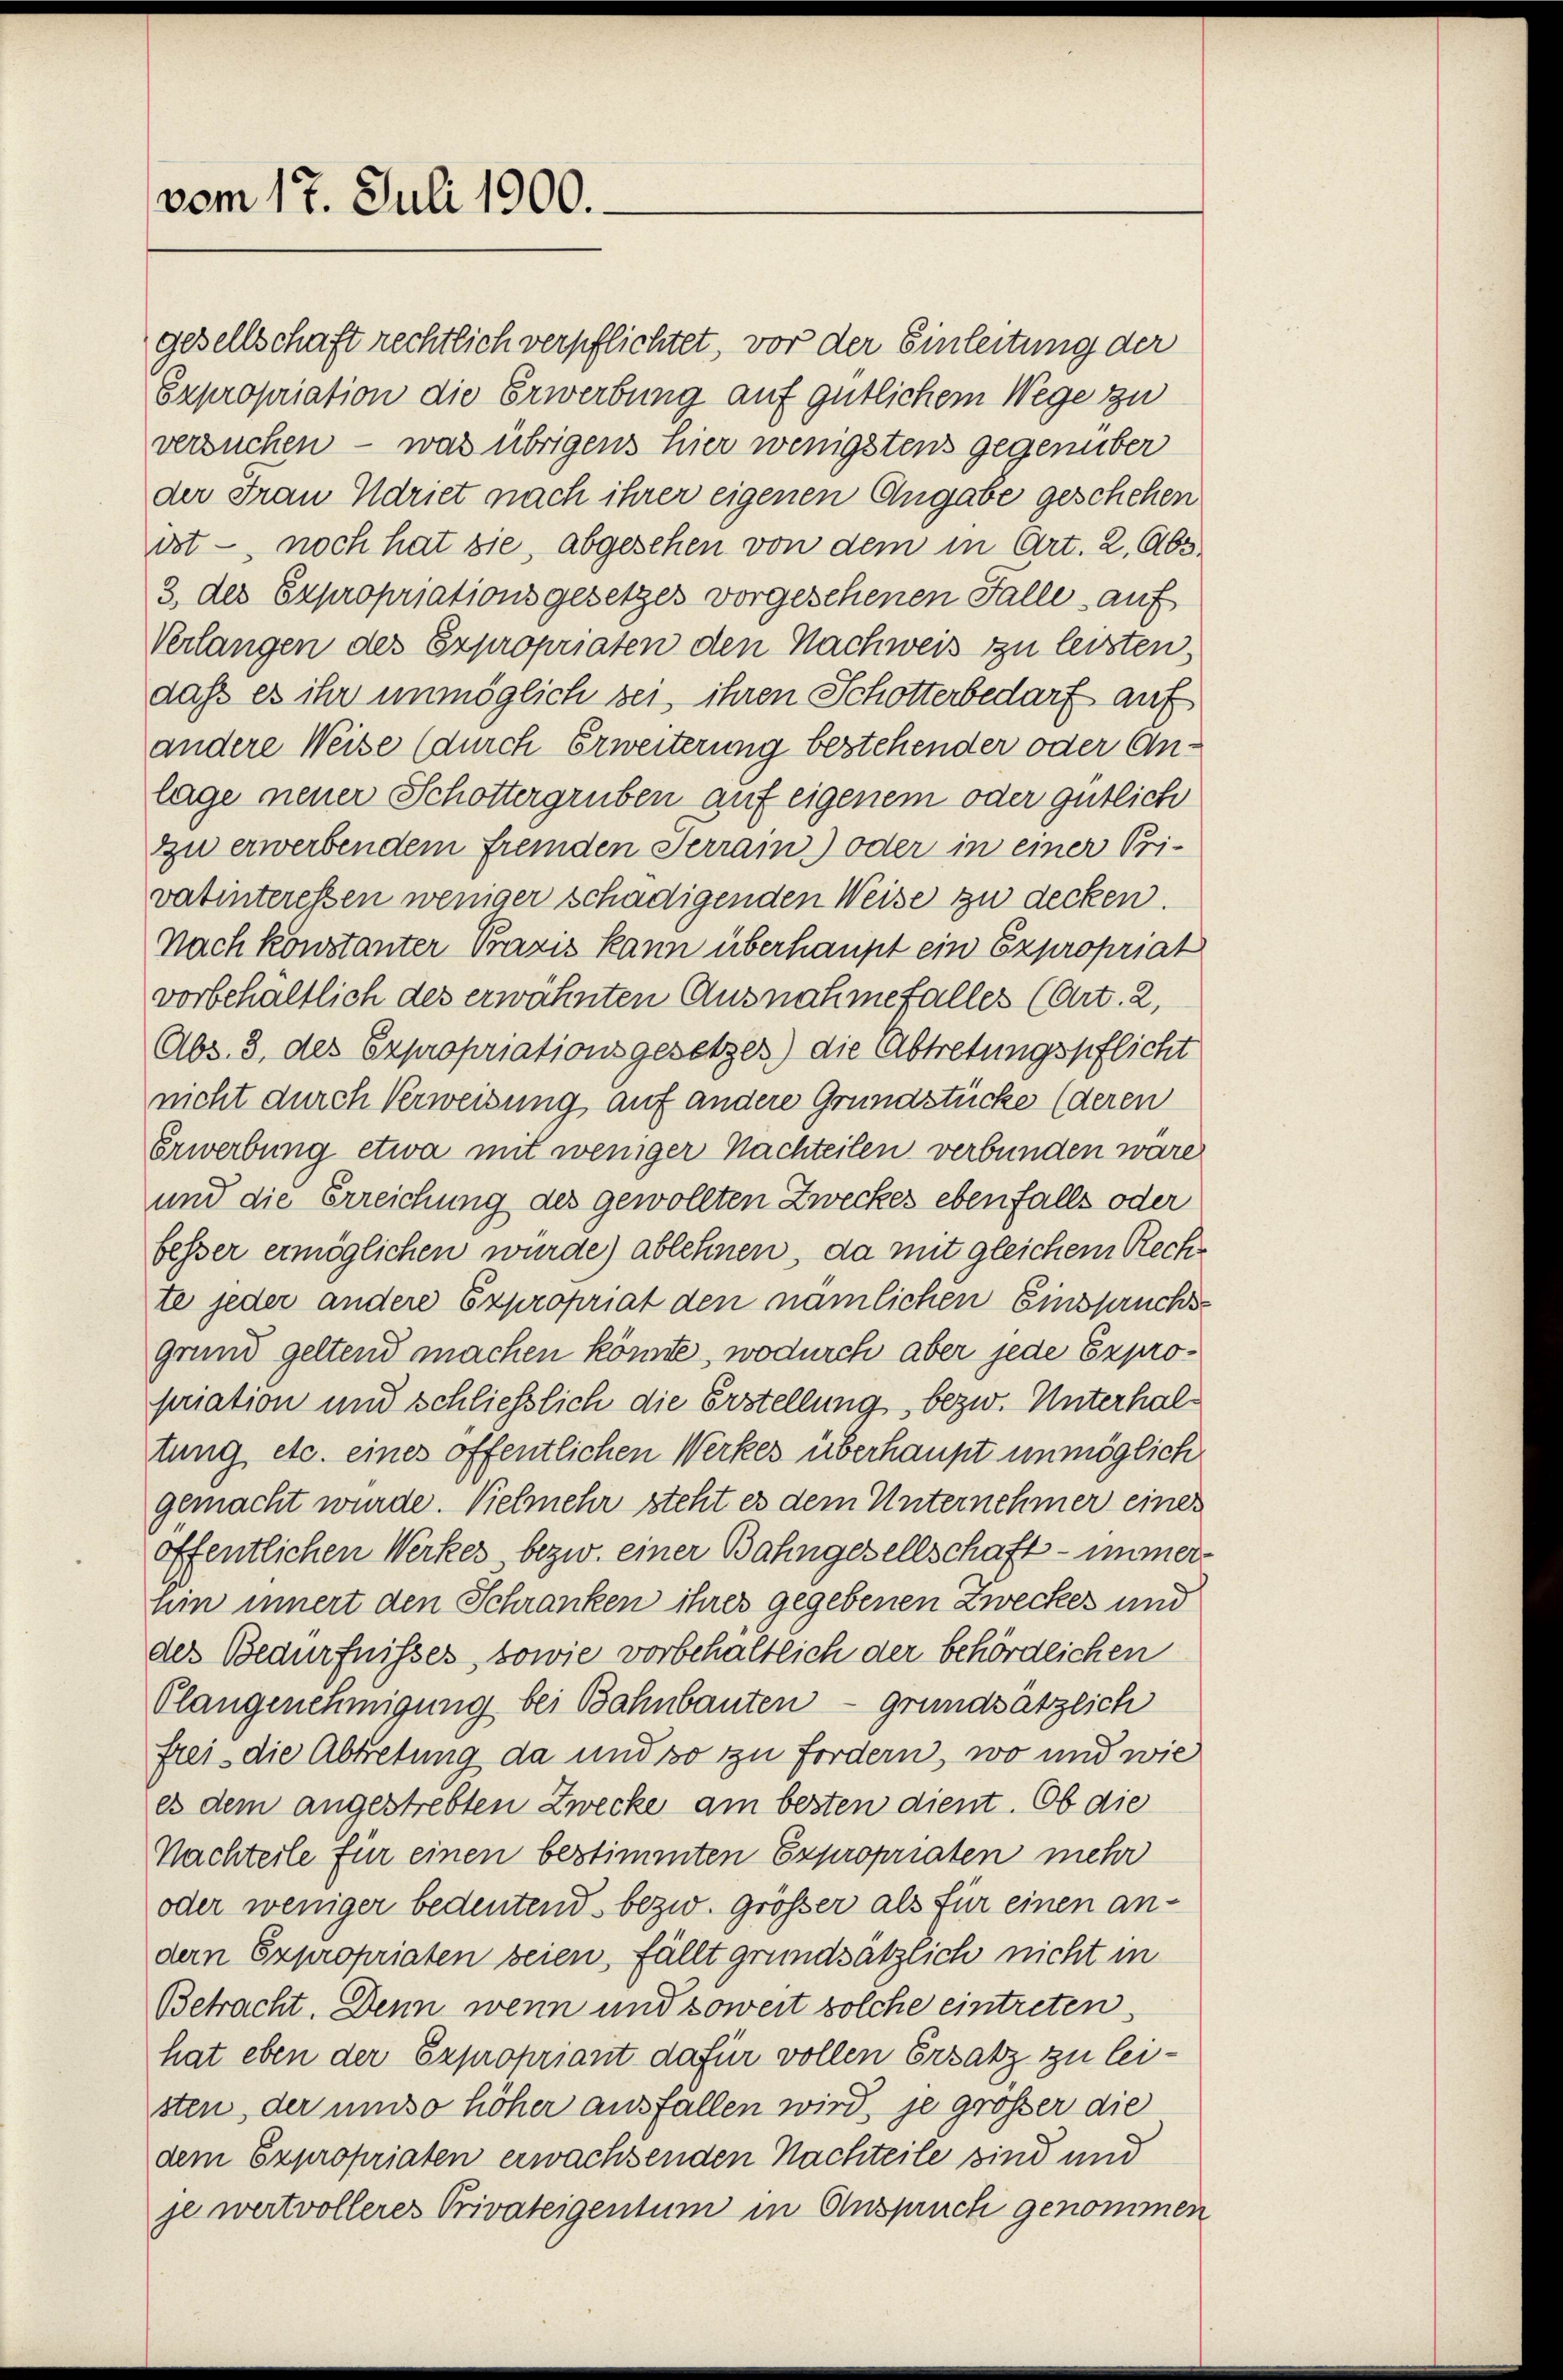
vom 17. Juli 1900.

gesellschaft rechtlich verpflichtet, vor der Einleitung der
Expropriation die Erwerbung auf gütlichem Wege zu
versuchen – was übrigens hier wenigstens gegenüber
der Frau Adriet nach ihrer eigenen Angabe geschehen
ist - noch hat sie, abgesehen von dem in Art. 2, Abs
3. des Expropriationsgesetzes vorgesehenen Falle auf
Verlangen des Expropriaten den Nachweis zu leisten,
daß es ihr unmöglich sei, ihren Schotterbedarf auf
andere Weise (durch Erweiterung bestehender oder Anlage neuer Schottergruben auf eigenem oder gütlich
zu erwerbendem Fremden Terrain) oder in einer Pri-
vatinteressen weniger schädigenden Weise zu decken.
Nach konstanter Praxis kann überhaupt ein Expropriat
vorbehältlich des erwähnten Ausnahmefalles (Art. 2,
Abs. 3. des Expropriationsgesetzes) die Abtretungspflicht
nicht durch Verweisung auf andere Grundstücke (deren
Erwerbung etwa mit weniger Nachteilen verbunden wäre
und die Erreichung des gewollten Zweckes ebenfalls oder
besser ermöglichen wurde) ablehnen, da mit gleichem Rechte jeder andere Expropriat den nämlichen Einspruchsgrund geltend machen könnte, wodurch aber jede Expropriation und schließlich die Erstellung, bezw. Unterhaltung etc. eines öffentlichen Werkes überhaupt unmöglich
gemacht wurde. Vielmehr steht es dem Unternehmer einer
öffentlichen Werkes bezw. einer Bahngesellschaft - immer-
hin innert den Schranken ihres gegebenen Zweckes und
des Bedürfnisses, sowie vorbehaltlich der behördeichen
Plangenehmigung bei Bahnbauten - grundsätzlich
frei die Abtretung da und so zu fordern, wo und wie
es dem angestrebten Zwecke am besten dient. Ob die
Nachteile für einen bestimmten Expropriaten mehr
oder weniger bedeutend bezw. größer als für einen andern Expropriaten seien, fällt grundsätzlich nicht in
Betracht. Denn wenn und soweit solche eintreten
hat eben der Expropriant dafür vollen Ersatz zu leisten, der umso höher ausfallen wird, je großer die
dem Expropriaten erwachsenden Nachteile sind und
je wertvolleres Privateigentum in Anspruch genommen